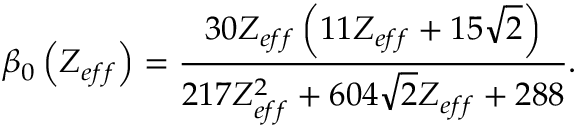
\beta _ { 0 } \left( Z _ { e f f } \right) = \frac { 3 0 Z _ { e f f } \left( 1 1 Z _ { e f f } + 1 5 \sqrt { 2 } \right) } { 2 1 7 Z _ { e f f } ^ { 2 } + 6 0 4 \sqrt { 2 } Z _ { e f f } + 2 8 8 } .